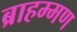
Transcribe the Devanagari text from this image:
ब्राहम्मण